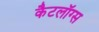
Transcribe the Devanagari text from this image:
कैटलॉग्स